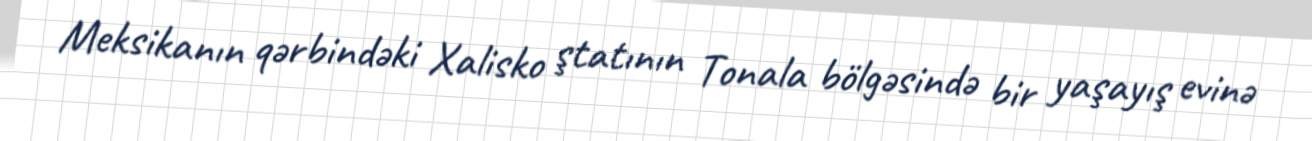
Meksikanın qərbindəki Xalisko ştatının Tonala bölgəsində bir yaşayış evinə